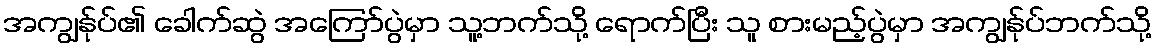
အကျွန်ုပ်၏ ခေါက်ဆွဲ အကြော်ပွဲမှာ သူ့ဘက်သို့ ရောက်ပြီး သူ စားမည့်ပွဲမှာ အကျွန်ုပ်ဘက်သို့